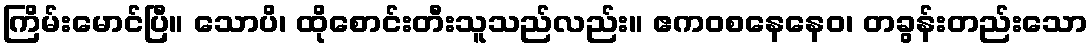
ကြိမ်းမောင်ပြီ။ သောပိ၊ ထိုစောင်းတီးသူသည်လည်း။ ဧကဝစနေနေဝ၊ တခွန်းတည်းသော